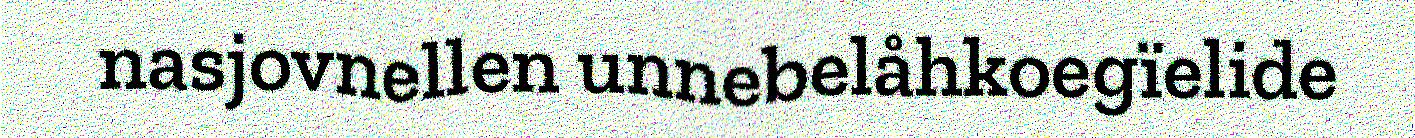
nasjovnellen unnebelåhkoegïelide